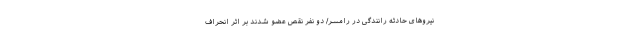
نیروهای حادثه رانندگی در رامسر/ دو نفر نقص عضو شدند بر اثر انحراف